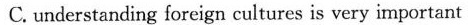
C.understanding foreign cultures is very important